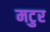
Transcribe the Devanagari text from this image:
मटुर